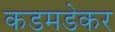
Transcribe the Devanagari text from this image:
कडमडेकर